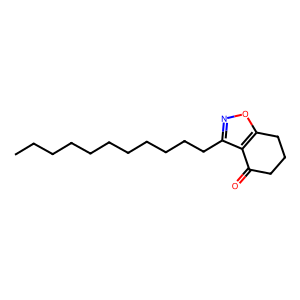
SMILES: CCCCCCCCCCCc1noc2c1C(=O)CCC2
Inhibits HIV replication: No